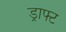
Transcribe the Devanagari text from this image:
ड्राफ्‍ट